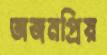
অজনপ্রিয়